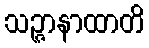
သဉ္ဇာနာထာတိ